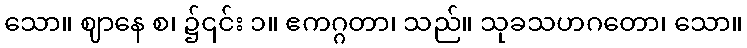
သော။ ဈာနေ စ၊ ၌၎င်း ၁။ ဧကဂ္ဂတာ၊ သည်။ သုခသဟဂတော၊ သော။